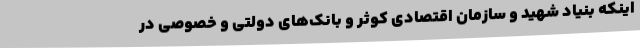
اینکه بنیاد شهید و سازمان اقتصادی کوثر و بانک‌های دولتی و خصوصی در